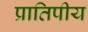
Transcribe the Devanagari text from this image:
प्रातिपीय